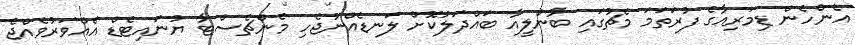
އެންހެން ޑިމަރިއާގެ ފުރަތަމަ މެޗުގައި ބާންލީއާ ބައްދަލުކޮށް ލަނޑެއްނުޖެހި މެންޗެސްޓާ ޔުނައިޓެޑް އެއްވަރުވެއްޖެ